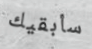
سأبقيك